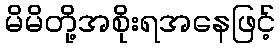
မိမိတို့အစိုးရအနေဖြင့်